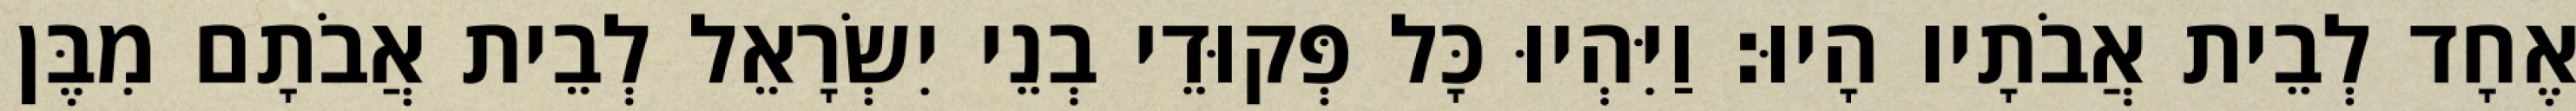
אֶחָד לְבֵית אֲבֹתָיו הָיוּ׃ וַיִּהְיוּ כָּל פְּקוּדֵי בְנֵי יִשְׂרָאֵל לְבֵית אֲבֹתָם מִבֶּן